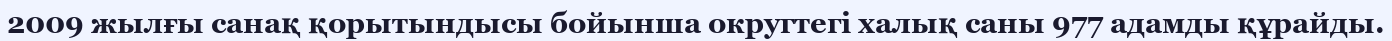
2009 жылғы санақ қорытындысы бойынша округтегі халық саны 977 адамды құрайды.